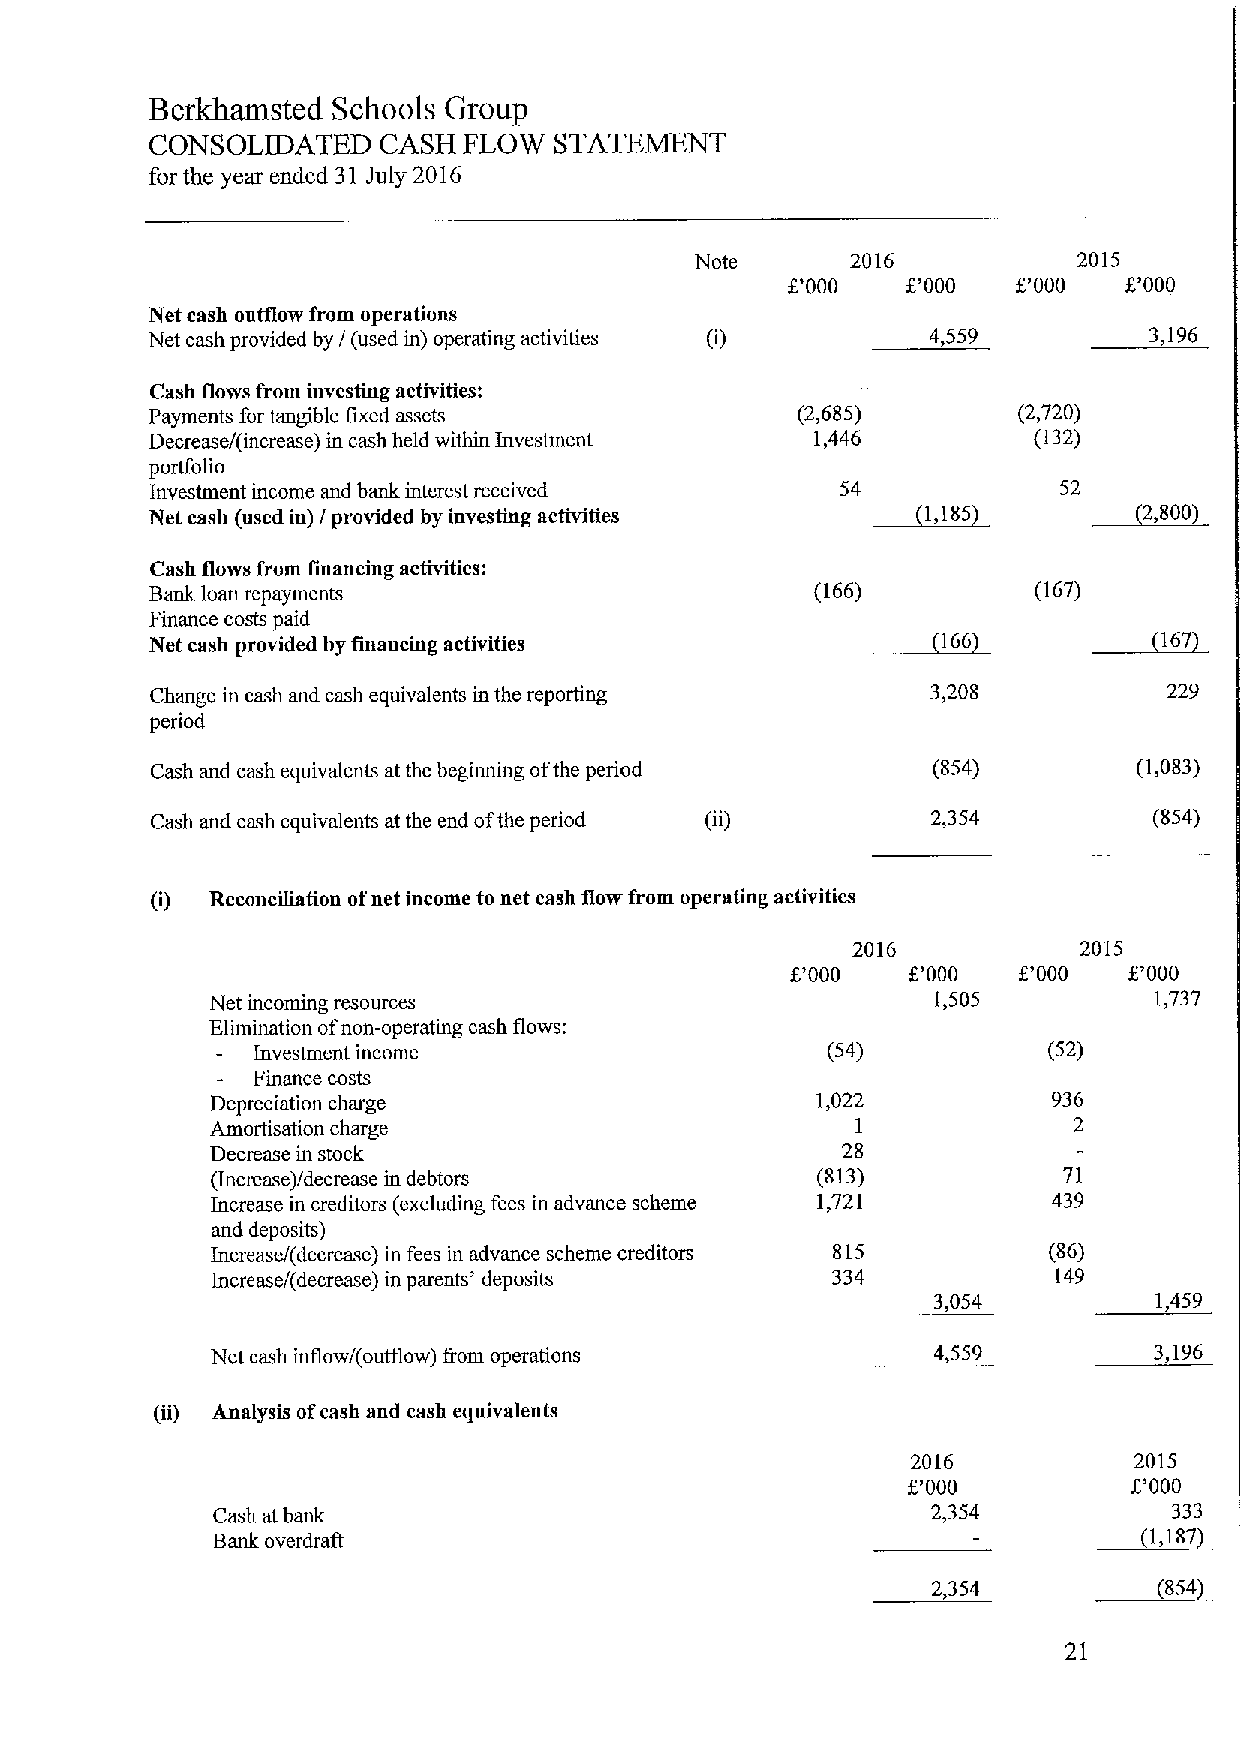
Berkhamsted Schools Group
 CONSOLIDATED   CASH  FLOW  STATEMENT
 for the year ended 31 July 2016
 Note      2016           2015
 '000   f'000  t'000  8'000
 X,
 Net cash outflow from operations
 Net cash provided by / (used in) operating activities 4,559       3,196
 Cash flows from investing activities:
 Payments for tangible fixed assets         (2,685)       (2,720)
 Decrease/(increase) in cash held within Investment 1,446  (132)
 portfolio
 Investment income and bank interest received  54 ~7,        52 ~2,
 Net cash (used in) / provided by investing activities 188          8887
 Cash flows from financing activities:
 Bank loan repayments                        (166)         (167)
 Finance costs paid
 Net cash provided by financing activities           166            167
 Change in cash and cash equivalents in the reporting 3,208         229
 period
 Cash and cash equivalents at the beginning ofthe period (854)    (1,083)
 Cash and cash equivalents at the end ofthe period   2,354         (854)
 (i) Reconciliation ofnet income to net cash flow from operating activities
 2016            2015
 8'000   K'000  f.'000  8'000
 Net incoming resources                          1,505         1,737
 Elimination ofnon-operating cash flows:
 Investment income                     (54)          (52)
 Finance costs
 Depreciation charge                     1,022           936
 Amortisation charge                        I             2
 Decrease in stock                         28
 (Increase)/decrease in debtors          (813)           71
 Increase in creditors (excluding fees in advance scheme 1,721 439
 and deposits)
 Increase/(decrease) in fees in advance scheme creditors 815 (86)
 Increase/(decrease) in parents' deposits 334            149
 3,054         1,459
 Net cash inflow/(outflow) fiom operations       4,559         3,196
 (ii) Analysis ofcash and cash equivalents
 2016           2015
 f,'000         X.'000
 Cash at bank                                    2,354      ~(1,333
 Bank overdraft                                                 187
 2,354          (854
 21